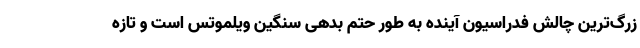
زرگ‌ترین چالش فدراسیون آینده به طور حتم بدهی سنگین ویلموتس است و تازه